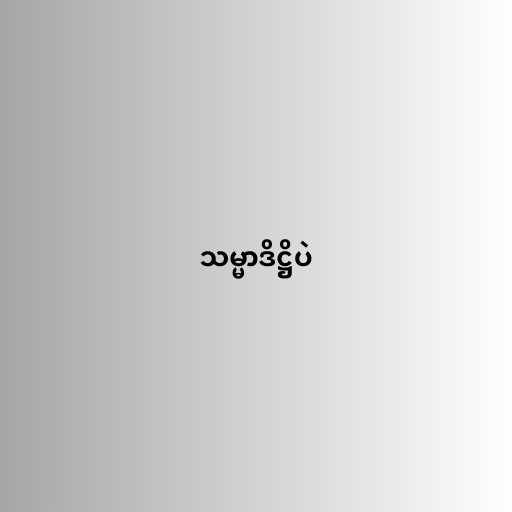
သမ္မာဒိဋ္ဌိပဲ